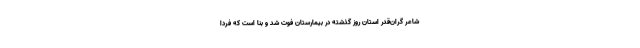
شاعر گران‌قدر استان روز گذشته در بیمارستان فوت شد و بنا است که فردا